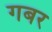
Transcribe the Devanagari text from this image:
गबर